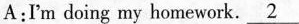
A:Γm doing my homework. \underline{2}